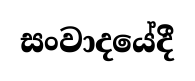
සංවාදයේදී